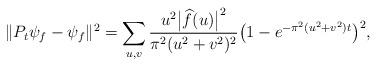
LaTeX: \begin{align*}\|P_t \psi_f -\psi_f\|^2 = \sum_{u, v} \frac{u^2\big|\widehat{f}(u)\big|^2}{ \pi^2 (u^2+v^2)^2} \big(1-e^{-\pi^2 (u^2+v^2)t}\big)^2,\end{align*}